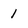
Character: 1